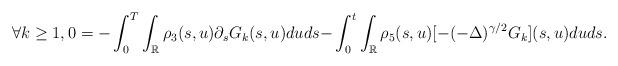
LaTeX: \begin{align*}\forall k \geq 1, 0= - \int_0^T \int_{\mathbb{R}} \rho_{3}(s,u) \partial_s G_{k}(s,u) du ds- & \int_0^t \int_{\mathbb{R}} \rho_{5}(s,u) [ - (- \Delta)^{\gamma/2} G_{k}](s,u) du ds. \end{align*}